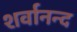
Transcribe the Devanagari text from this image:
शर्वानन्द